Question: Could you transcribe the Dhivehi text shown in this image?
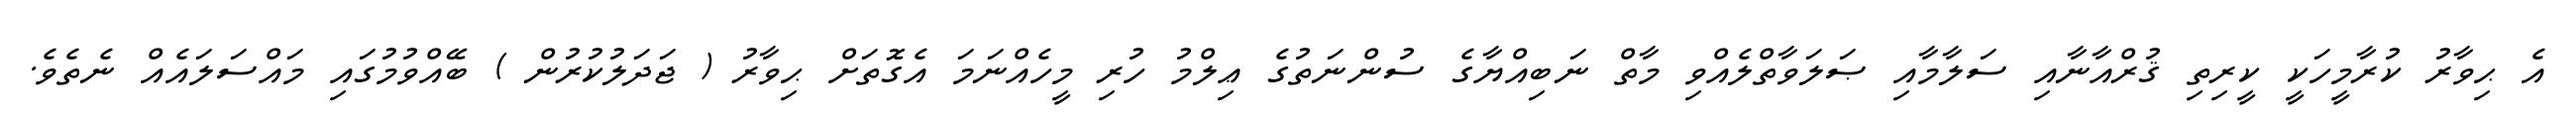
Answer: އެ ޙިވާރު ކުރާމީހަކީ ކީރިތި ޤުރްއާނާއި ސަލާމާއި ޞަލަވާތްލެއްވި މާތް ނަބިއްޔާގެ ސުންނަތުގެ ޢިލްމު ހުރި މީހެއްނަމަ އެގޮތަށް ޙިވާރު ( ޖަދަލުކުރުން ) ބޭއްވުމުގައި މައްސަލައެއް ނެތެވެ.